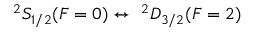
^ { 2 } S _ { 1 / 2 } ( F = 0 ) \leftrightarrow \ ^ { 2 } D _ { 3 / 2 } ( F = 2 )